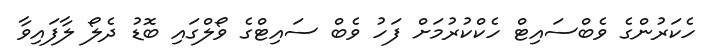
ހެކަރުންގެ ވެބްސައިޓް ހެކްކުރުމަށް ފަހު ވެބް ސައިޓްގެ ވޯލްގައި ބޮޑު ދެލޯ ލާފައިވާ